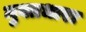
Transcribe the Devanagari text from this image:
मुक्तधारा